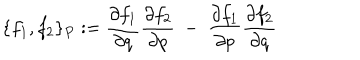
\{ f _ { 1 } , f _ { 2 } \} _ { P } : = \frac { \partial f _ { 1 } } { \partial q } \frac { \partial f _ { 2 } } { \partial p } \ - \ \frac { \partial f _ { 1 } } { \partial p } \frac { \partial f _ { 2 } } { \partial q }